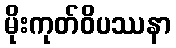
မိုးကုတ်ဝိပဿနာ